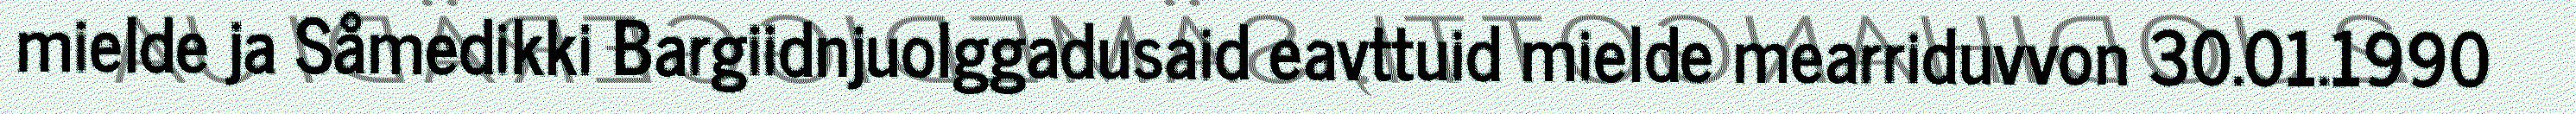
mielde ja Såmedikki Bargiidnjuolggadusaid eavttuid mielde mearriduvvon 30.01.1990